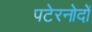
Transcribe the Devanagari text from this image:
पटेरनोदों